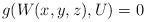
LaTeX: \begin{align*} g(W(x,y,z),U) = 0\end{align*}